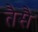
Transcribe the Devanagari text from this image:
तैसै